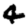
Digit: 4